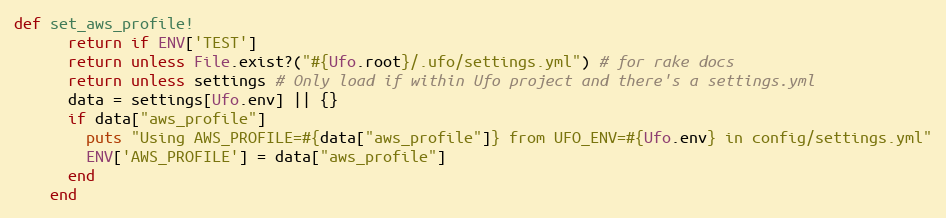
Language: Ruby
def set_aws_profile!
      return if ENV['TEST']
      return unless File.exist?("#{Ufo.root}/.ufo/settings.yml") # for rake docs
      return unless settings # Only load if within Ufo project and there's a settings.yml
      data = settings[Ufo.env] || {}
      if data["aws_profile"]
        puts "Using AWS_PROFILE=#{data["aws_profile"]} from UFO_ENV=#{Ufo.env} in config/settings.yml"
        ENV['AWS_PROFILE'] = data["aws_profile"]
      end
    end